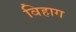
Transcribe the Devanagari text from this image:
विहाग